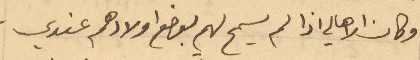
وكان الاهالي اذا لم يسمح لهم بوضع اولادهم عندي